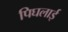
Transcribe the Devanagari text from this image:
पिघलाई